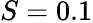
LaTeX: S=0.1